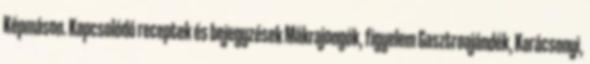
Képmáson. Kapcsolódó receptek és bejegyzések Mákrajongók, figyelem Gasztroajándék, Karácsonyi,